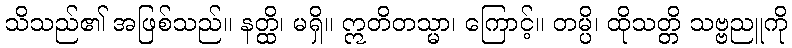
သိသည်၏ အဖြစ်သည်။ နတ္ထိ၊ မရှိ။ ဣတိတသ္မာ၊ ကြောင့်။ တမ္ပိ၊ ထိုသတ္တိ သဗ္ဗညူကို